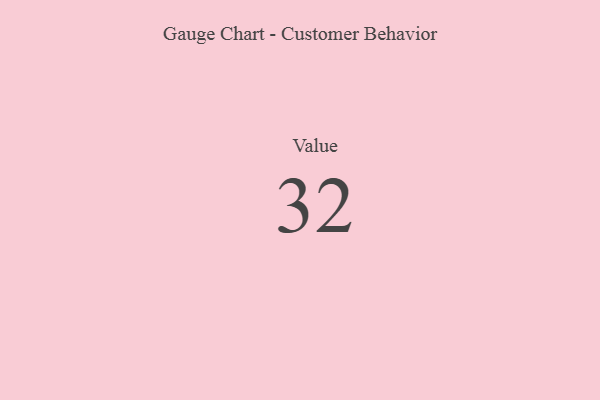
{"axis": {"x": "Metric", "y": "Value"}, "legend": [""], "data": [{"x": "Value", "y": 32, "type": ""}]}